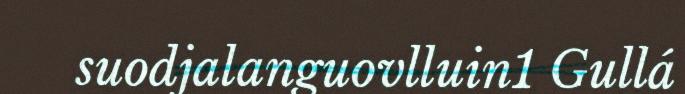
suodjalanguovlluin1 Gullá